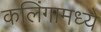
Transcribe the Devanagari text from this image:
कलिंगामध्ये